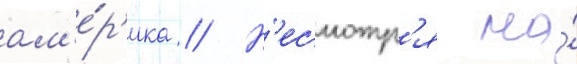
ам'е́р'ика // Н'есмотр'я на́